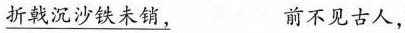
\underline{折戟沉沙铁未销，} 前不见古人，